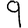
Digit: 9